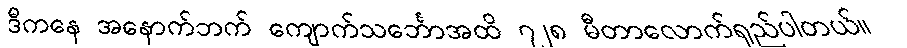
ဒီကနေ အနောက်ဘက် ကျောက်သင်္ဘောအထိ ၇၂၈ မီတာလောက်ရှည်ပါတယ်။